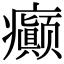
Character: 癫